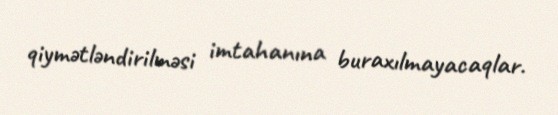
qiymətləndirilməsi imtahanına buraxılmayacaqlar.